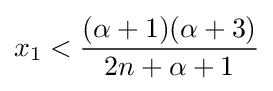
x_{1}<{\frac {(\alpha +1)(\alpha +3)}{2n+\alpha +1}}